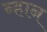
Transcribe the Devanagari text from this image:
न्हान